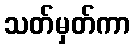
သတ်မှတ်ကာ